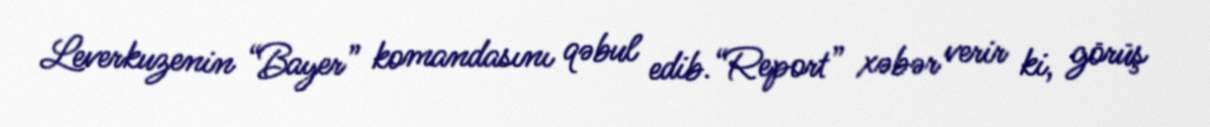
Leverkuzenin “Bayer” komandasını qəbul edib.“Report” xəbər verir ki, görüş